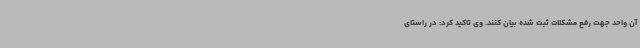
آن واحد جهت رفع مشکلات ثبت شده بیان کنند. وی تاکید کرد: در راستای